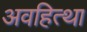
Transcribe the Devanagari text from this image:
अवहित्था